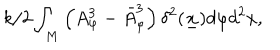
LaTeX: { k / 2 } \int _ { M } \left( A _ { \varphi } ^ { 3 } - \bar { A } _ { \varphi } ^ { 3 } \right) \delta ^ { 2 } ( \underline { { { x } } } ) d \varphi d ^ { 2 } x ,